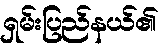
ရှမ်းပြည်နယ်၏